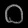
Digit: ၀